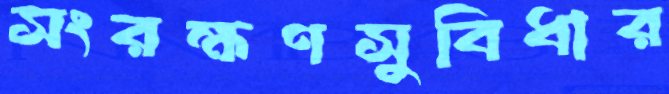
সংরক্ষণসুবিধার